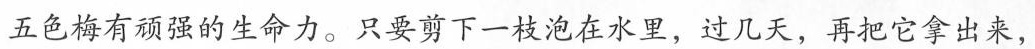
五色梅有顽强的生命力。只要剪下一枝泡在水里，过几天，再把它拿出来，